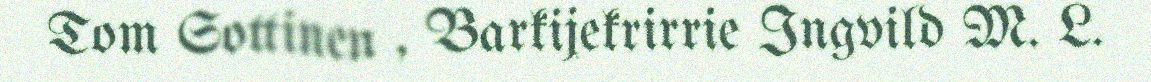
Tom Sottinen , Barkijekrirrie Ingvild M. L.